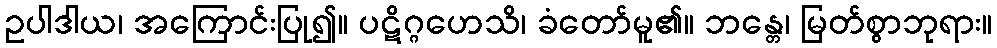
ဥပါဒါယ၊ အကြောင်းပြု၍။ ပဋိဂ္ဂဟေသိ၊ ခံတော်မူ၏။ ဘန္တေ၊ မြတ်စွာဘုရား။